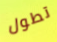
تطول